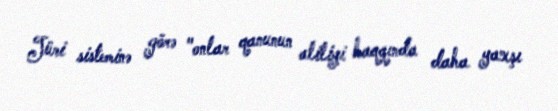
Jüri sisteminə görə "onlar qanunun aliliyi haqqında daha yaxşı